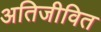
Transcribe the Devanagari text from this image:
अतिजीवित